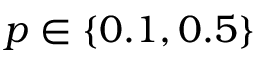
p \in \{ 0 . 1 , 0 . 5 \}